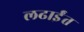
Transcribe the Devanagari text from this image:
लढाईंत